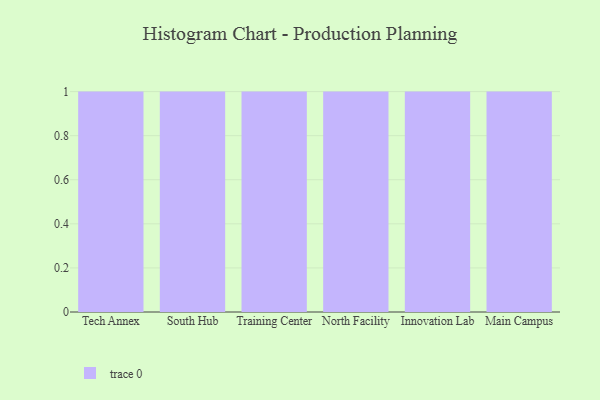
{"axis": {"x": "Campus", "y": "Waste Production (Tons)"}, "legend": [""], "data": [{"x": "Tech Annex", "y": 50, "type": ""}, {"x": "South Hub", "y": 2, "type": ""}, {"x": "Training Center", "y": 91, "type": ""}, {"x": "North Facility", "y": 85, "type": ""}, {"x": "Innovation Lab", "y": 53, "type": ""}, {"x": "Main Campus", "y": 11, "type": ""}]}